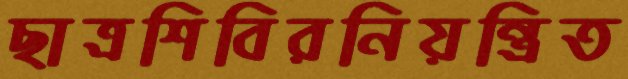
ছাত্রশিবিরনিয়ন্ত্রিত